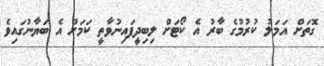
ގޮތަށް އަމަލު ކުރުމުގެ ބާރު އެ ކޯޓަށް ލިބިދީފައިނުވާތީ ކަމަށް އެ ބަޔާނުގައިވެ